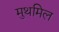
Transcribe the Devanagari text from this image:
मुथमिल